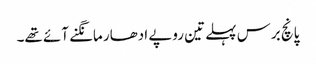
پانچ برس پہلے تین روپے ادھار مانگنے آئے تھے۔